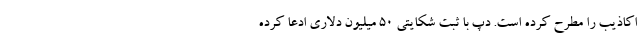
اکاذیب را مطرح کرده است. دپ با ثبت شکایتی ۵۰ میلیون دلاری ادعا کرده